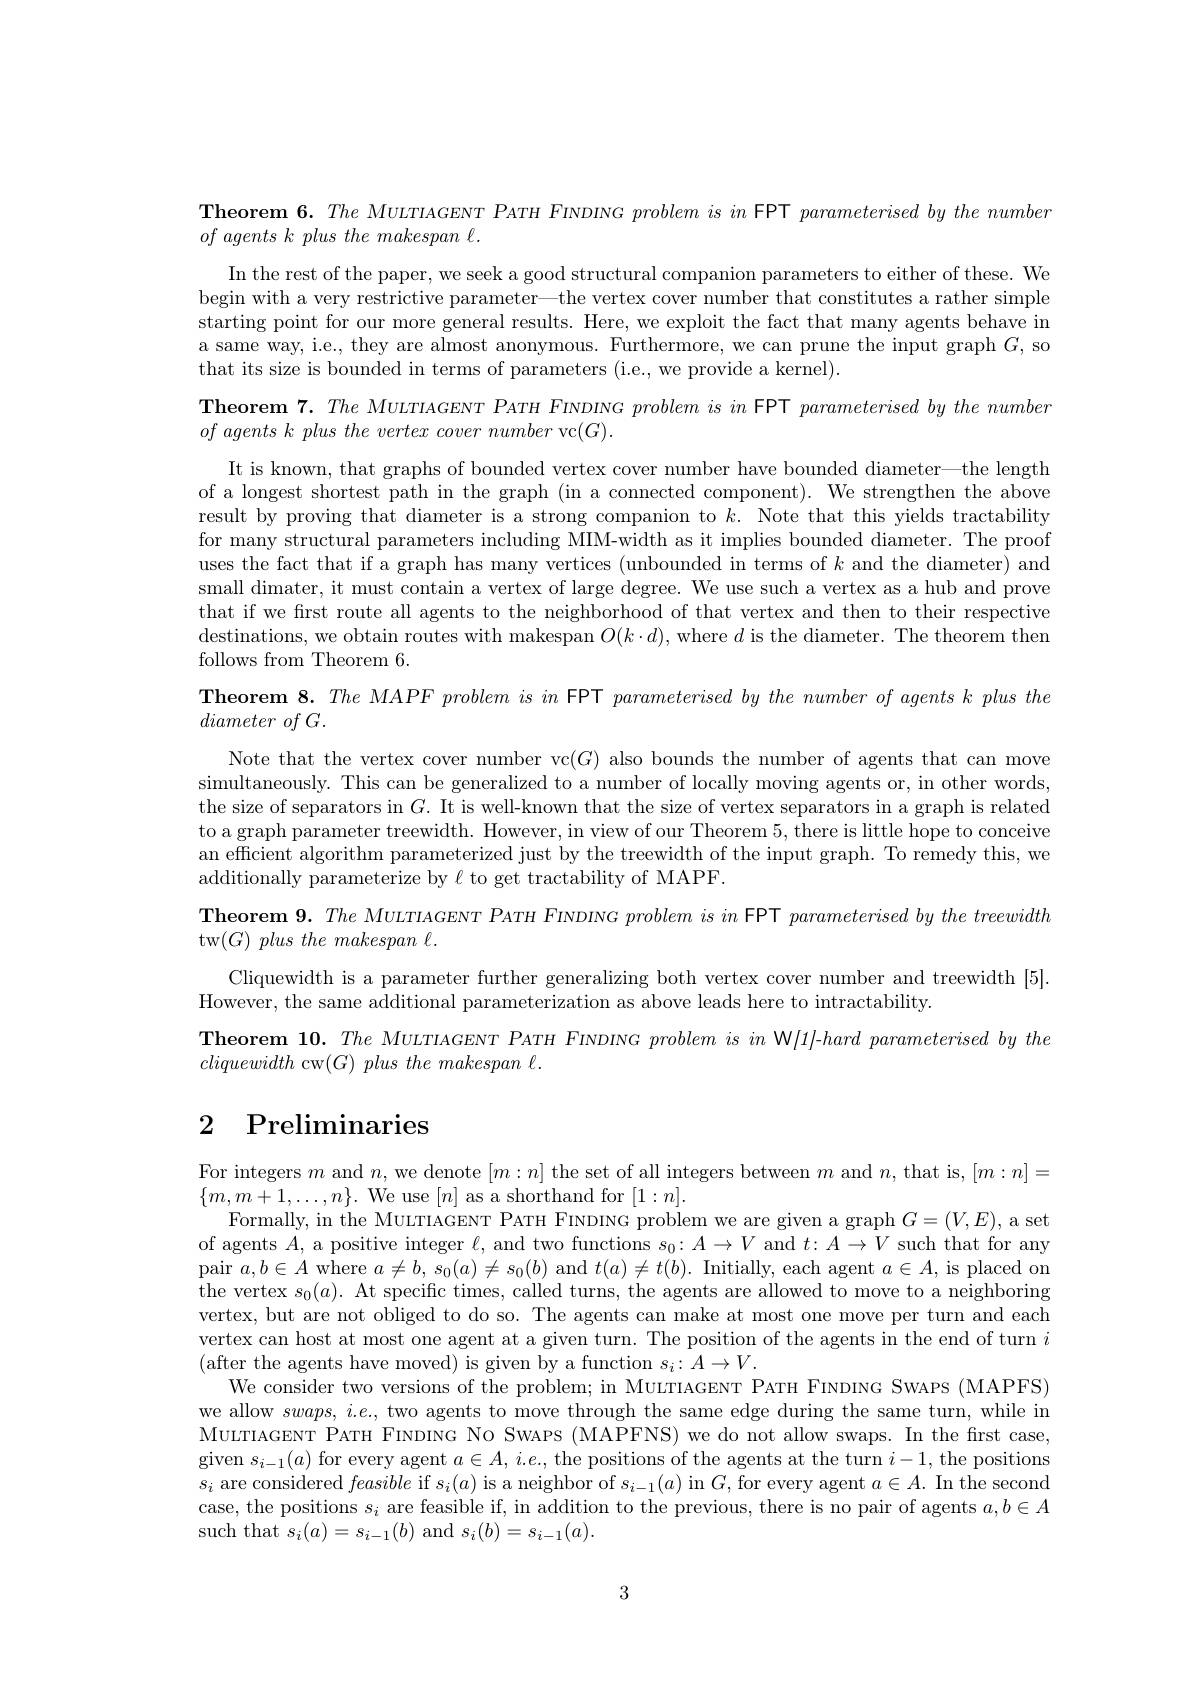
Theorem 6. The MULTIAGENT PATH FINDING problem is in FPT parameterised by the number

$of\textit{ agents k plus the makespan . }$

In the rest of the paper, we seek a good structural companion parameters to either of these. We begin with a very restrictive parameter—the vertex cover number that constitutes a rather simple starting point for our more general results. Here, we exploit the fact that many agents behave in a same way, i.e., they are almost anonymous. Furthermore, we can prune the input graph $G$, so that its size is bounded in terms of parameters (i.e., we provide a kernel).
Theorem $7. \textit{The MULTIAGENT PATH FINDING problem is in FPT }parameterisedbythenumber$
$of\textit{ agents k plus the vertex cover number vc}( G) .$

It is known, that graphs of bounded vertex cover number have bounded diameter—the length of a longest shortest path in the graph (in a connected component). We strengthen the above result by proving that diameter is a strong companion to $k.$ Note that this yields tractability for many structural parameters including MIM-width as it implies bounded diameter. The proof uses the fact that if a graph has many vertices (unbounded in terms of $k$ and the diameter) and small dimater, it must contain a vertex of large degree. We use such a vertex as a hub and prove that if we first route all agents to the neighborhood of that vertex and then to their respective destinations, we obtain routes with makespan $O(k\cdot d)$, where $d$ is the diameter. The theorem then follows from Theorem 6.
Theorem 8. The MAPF problem is in FPT parameterised by the number of agents k plus the

diameter $of$ $G.$

Note that the vertex cover number vc$(G)$ also bounds the number of agents that can move simultaneously. This can be generalized to a number of locally moving agents or, in other words, the size of separators in $G.$ It is well-known that the size of vertex separators in a graph is related to a graph parameter treewidth. However, in view of our Theorem 5, there is little hope to conceive an efficient algorithm parameterized just by the treewidth of the input graph. To remedy this, we additionally parameterize by $\ell$ to get tractability of MAPF.
Theorem 9. The MULTIAGENT PATH FINDING problem is in FPT parameterised by the treewidth
tw$( G) \textit{plus the makespan }.$
Cliquewidth is a parameter further generalizing both vertex cover number and treewidth [5].
However, the same additional parameterization as above leads here to intractability.
Theorem 10. The MULTIAGENT PATH FINDING problem is in W/1/-hard parameterised by the
cliquewidth cw$( G) plus\textit{the makespan }.$

# 2 Preliminaries

For integers $m$ and $n$,we denote $[m:n]$ the set of all integers between $m$ and $n$, that is,$[m:n]=$
$\{m,m+1,\ldots,n\}.$ We use $[n]$ as a shorthand for $[1:n].$
Formally, in the MULTIAGENT PATH FINDING problem we are given a graph $G=(V,E)$, a set of agents $A$, a positive integer $\ell$, and two functions $s_0:A\to V$ and $t:A\to V$ such that for any pair $a,b\in A$ where $a\neq b,s_0(a)\neq s_0(b)$ and $t(a)\neq t(b).$ Initially, each agent $a\in A$, is placed on the vertex $s_0(a).$ At specific times, called turns, the agents are allowed to move to a neighboring vertex, but are not obliged to do so. The agents can make at most one move per turn and each vertex can host at most one agent at a given turn. The position of the agents in the end of turn $i$ (after the agents have moved) is given by a function $s_i:A\to V.$
We consider two versions of the problem; in MULTIAGENT PATH FINDING SWAPS (MAPFS) we allow $swaps,i.e.$, two agents to move through the same edge during the same turn, while in MULTIAGENT PATH FINDING No SWAPS (MAPFNS) we do not allow swaps. In the first case, given $s_i-1(a)$ for every agent $a\in A,i.e.$, the positions of the agents at the turn $i-1$, the positions $s_i$ are considered feasible if $s_i(a)$ is a neighbor of $s_i-1(a)$ in $G$,for every agent $a\in A.$ In the second case, the positions $s_i$ are feasible if, in addition to the previous, there is no pair of agents $a,b\in A$ such that $s_i(a)=s_{i-1}(b)$ and $s_i(b)=s_{i-1}(a).$

3